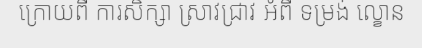
ក្រោយពី ការសិក្សា ស្រាវជ្រាវ អំពី ទម្រង់ ល្ខោន